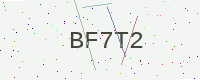
Text: BF7T2